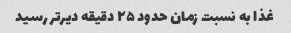
غذا به نسبت زمان حدود ۲۵ دقیقه دیرتر رسید